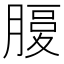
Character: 𦞶